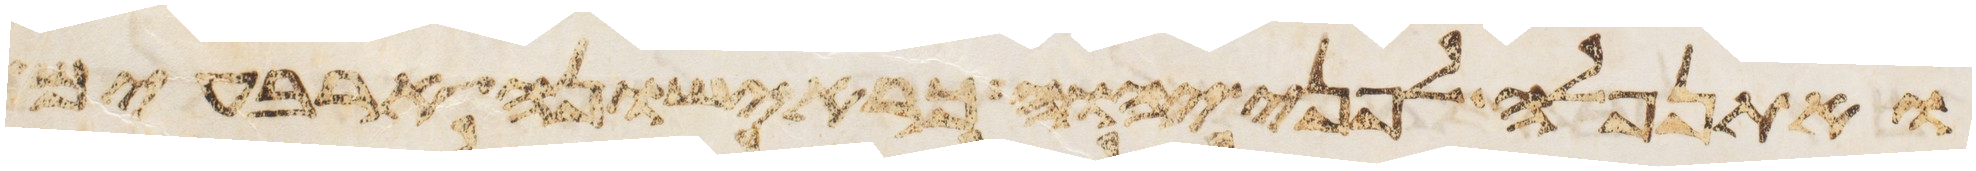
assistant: ואתנפלה לפני יהוה כראישונה ארבעים